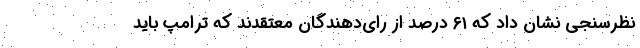
نظرسنجی نشان داد که ۶۱ درصد از رای‌دهندگان معتقدند که ترامپ باید